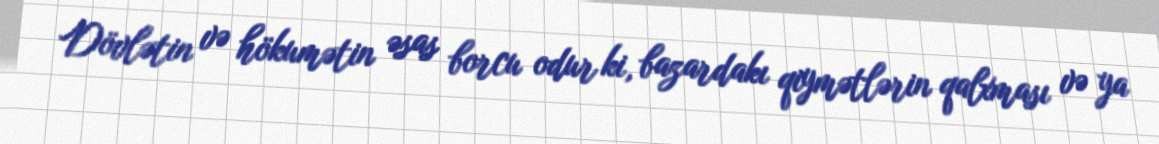
Dövlətin və hökumətin əsas borcu odur ki, bazardakı qiymətlərin qalxması və ya